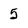
Character: 5